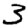
Digit: 3